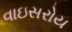
વાઇસરોય